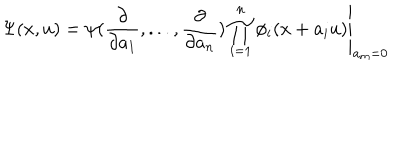
\Psi ( x , u ) = \left. \psi ( \frac { \partial } { \partial a _ { 1 } } , . . . , \frac { \partial } { \partial a _ { n } } ) \prod _ { i = 1 } ^ { n } \phi _ { i } ( x + a _ { i } u ) \right| _ { a _ { m } = 0 }